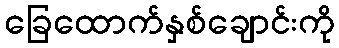
ခြေထောက်နှစ်ချောင်းကို